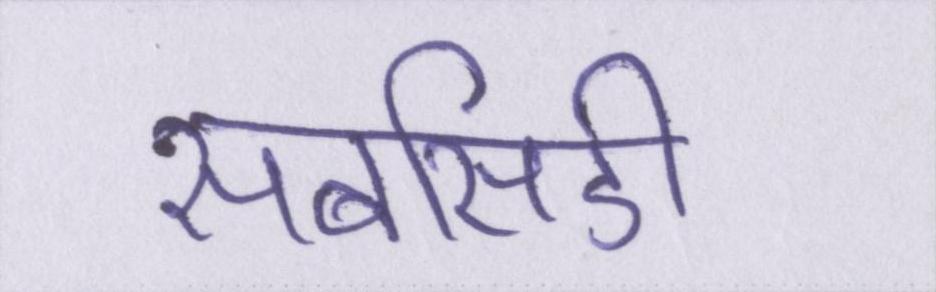
सबसिडी